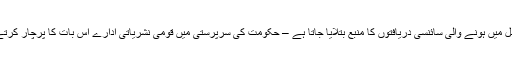
ان دو مثالوں سے بھی زیادہ عام رویہ یہ ہے کہ اسلام کو تمام موجودہ اور مستقبل میں ہونے والی سائنسی دریافتوں کا منبع بتلایا جاتا ہے – حکومت کی سرپرستی میں قومی نشریاتی ادارے اس بات کا پرچار کرتے ہیں کہ قرآن نے چودہ سو سال پہلے ہی تمام سائنسی ایجادات بیان کر دی ہیں ۔